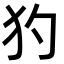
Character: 犳